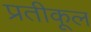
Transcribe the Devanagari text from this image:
प्रतीकूल